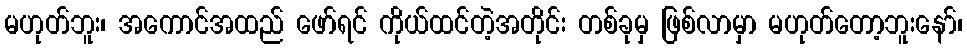
မဟုတ်ဘူး၊ အကောင်အထည် ဖော်ရင် ကိုယ်ထင်တဲ့အတိုင်း တစ်ခုမှ ဖြစ်လာမှာ မဟုတ်တော့ဘူးနော်၊